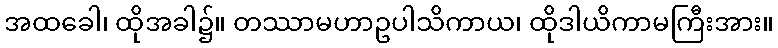
အထခေါ၊ ထိုအခါ၌။ တဿာမဟာဥပါသိကာယ၊ ထိုဒါယိကာမကြီးအား။